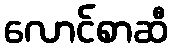
လောင်စာဆီ